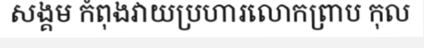
សង្គម កំពុងវាយប្រហារលោកព្រាប កុល